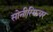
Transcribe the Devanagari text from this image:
सोनीस्फियर